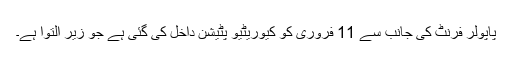
پاپولر فرنٹ کی جانب سے 11 فروری کو کیوریٹیو پٹیشن داخل کی گئی ہے جو زیر التوا ہے۔